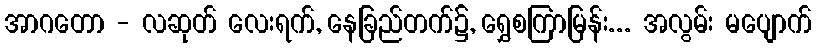
အာဂတော - လဆုတ် လေးရက်, နေခြည်တက်၌, ရွှေစကြာမြန်း... အလွမ်း မပျောက်